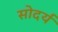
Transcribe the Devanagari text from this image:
सोदर्य